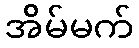
အိမ်မက်